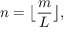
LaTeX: n = { \bigl \lfloor } { \frac { m } { L } } { \bigr \rfloor } ,